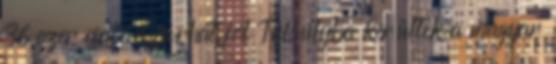
36 ezer család járhat jól Túlsúlyba kerültek a magyar